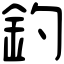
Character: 釣